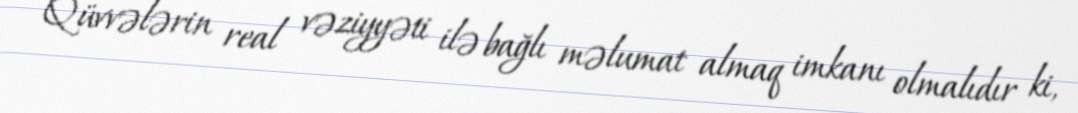
Qüvvələrin real vəziyyəti ilə bağlı məlumat almaq imkanı olmalıdır ki,